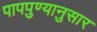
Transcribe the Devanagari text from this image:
पापपुण्यानुसार